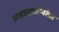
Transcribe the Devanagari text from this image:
आम्रडहाळीवरील